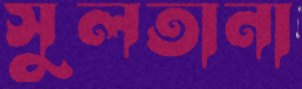
সুলতানা